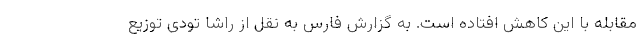
مقابله با این کاهش افتاده است. به گزارش فارس به نقل از راشا تودی توزیع